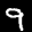
Label: 9